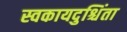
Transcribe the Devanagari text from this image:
स्वकायदुश्चिंता